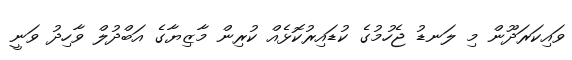
ވައިކަރަދޫން މި ލަނޑު ޖެހުމުގެ ކުޑައިރުކޮޅެއް ކުރިން މާޒިޔާގެ އަބްދުލް ވާހިދު ވަނީ